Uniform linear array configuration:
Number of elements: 16
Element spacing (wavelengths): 0.5
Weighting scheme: binomial
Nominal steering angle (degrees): -60
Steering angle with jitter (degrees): -60.679
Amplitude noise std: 0.05
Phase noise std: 0.05

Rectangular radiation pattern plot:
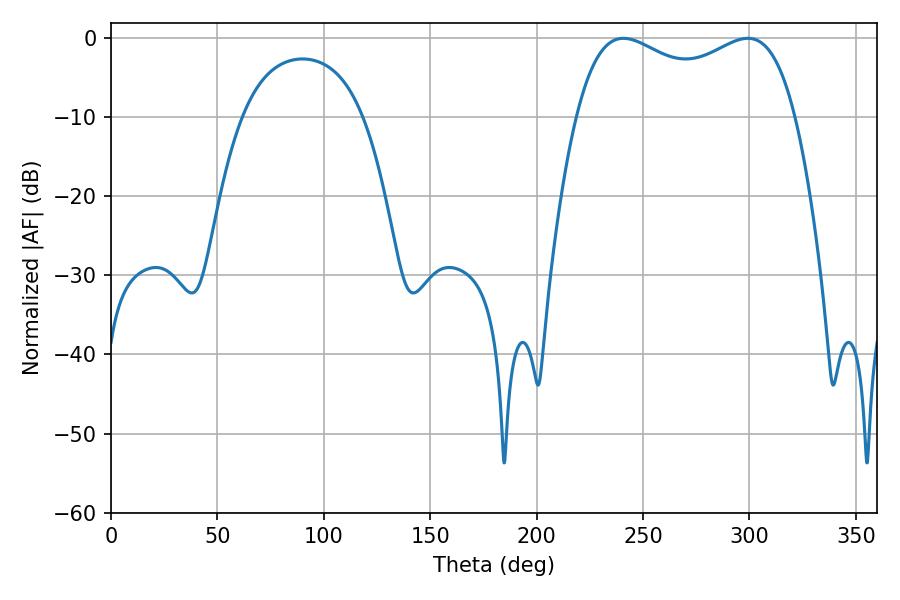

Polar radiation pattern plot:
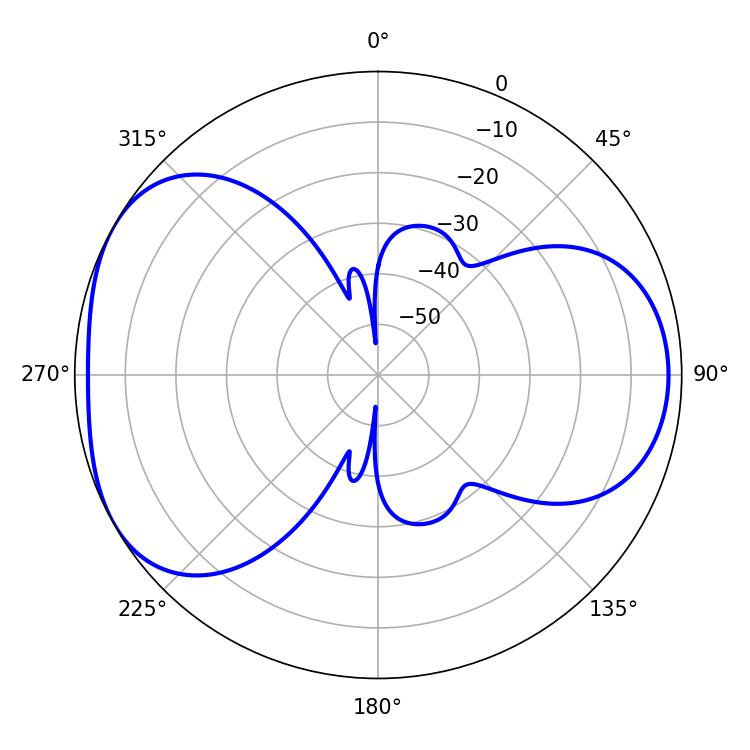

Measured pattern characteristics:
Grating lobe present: FALSE
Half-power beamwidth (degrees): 84.96
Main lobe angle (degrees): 240.84